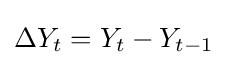
\Delta Y_{t}=Y_{t}-Y_{t-1}